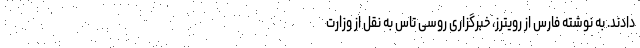
دادند. به نوشته فارس از رویترز، خبرگزاری روسی تاس به نقل از وزارت